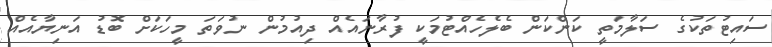
ސައިޓުތަކުގެ ސަލާމަތީ ކަންކަން ބެލެހެއްޓުމަކީ ފުރާނައެއް ދިއުމުން ނުވަތަ މީހަކަށް ބޮޑު އަނިޔާއެއް